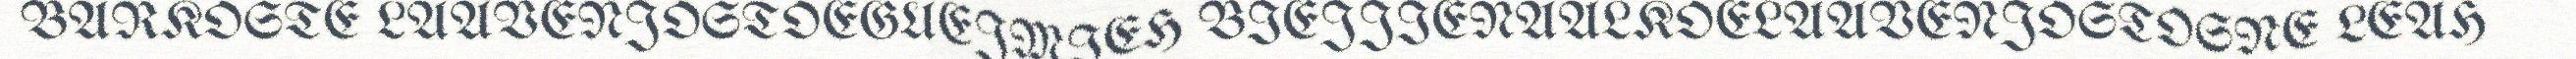
BARKOSTE LAAVENJOSTOEGUEJMIEH BIEJJIENAALKOELAAVENJOSTOSNE LEAH